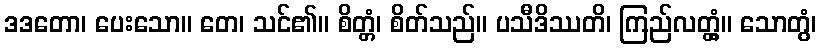
ဒဒတော၊ ပေးသော။ တေ၊ သင်၏။ စိတ္တံ၊ စိတ်သည်။ ပသီဒိဿတိ၊ ကြည်လတ္တံ့။ သောတွံ၊